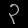
Digit: ၃